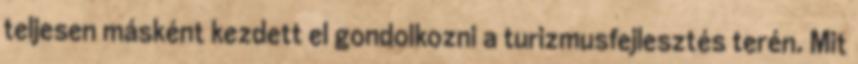
teljesen másként kezdett el gondolkozni a turizmusfejlesztés terén. Mit